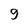
Character: 9